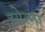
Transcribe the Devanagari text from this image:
इगेरना